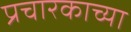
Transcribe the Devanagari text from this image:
प्रचारकाच्या